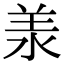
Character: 𣴎